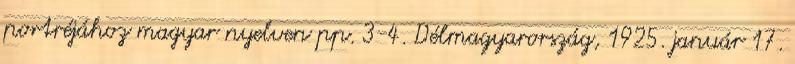
portréjához magyar nyelven pp. 3-4. Délmagyarország, 1925. január 17.